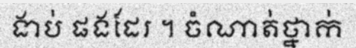
ងាប់ ផងដែរ ។ ចំណាត់ថ្នាក់